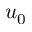
u _ { 0 }